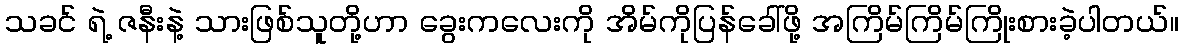
သခင် ရဲ့ ဇနီးနဲ့ သားဖြစ်သူတို့ဟာ ခွေးကလေးကို အိမ်ကိုပြန်ခေါ်ဖို့ အကြိမ်ကြိမ်ကြိုးစားခဲ့ပါတယ်။